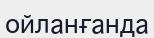
ойланғанда